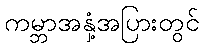
ကမ္ဘာအနှံ့အပြားတွင်